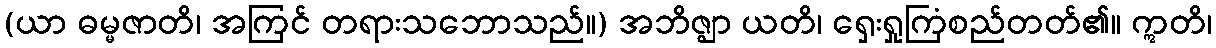
(ယာ ဓမ္မဇာတိ၊ အကြင် တရားသဘောသည်။) အဘိဇ္ဈာ ယတိ၊ ရှေးရှုကြံစည်တတ်၏။ ဣတိ၊